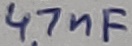
Text: 47nF